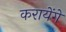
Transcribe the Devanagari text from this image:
करायेंगे